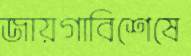
জায়গাবিশেষে